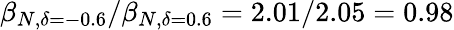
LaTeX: \beta_{N,\delta=-0.6}/\beta_{N,\delta=0.6}=2.01/2.05=0.98